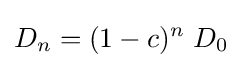
D_{n}=(1-c)^{n}\;D_{0}